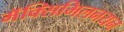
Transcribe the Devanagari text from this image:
मॅक्सिमिलनयन